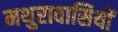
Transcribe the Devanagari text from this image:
मथुरावासियों